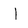
Character: I